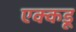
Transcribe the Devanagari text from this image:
एक्कडू